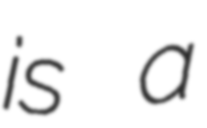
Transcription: is a